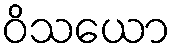
ဝိသယော